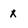
Character: x